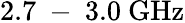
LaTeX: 2.7\mathrm{~-~}3.0~\mathrm{GHz}